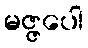
မဇ္ဇပေါ